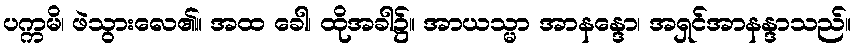
ပက္ကမိ၊ ဖဲသွားလေ၏။ အထ ခေါ၊ ထိုအခါ၌။ အာယသ္မာ အာနန္ဒော၊ အရှင်အာနန္ဒာသည်။